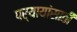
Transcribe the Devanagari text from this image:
पर्यायांसाठी